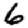
Digit: 6